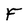
Character: F